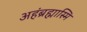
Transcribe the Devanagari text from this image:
अहंब्रह्मास्मि